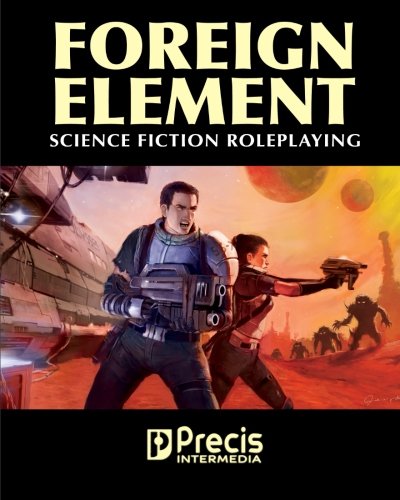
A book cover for Foreign Element; Nathan J. Hill; Science Fiction & Fantasy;